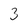
Character: 3